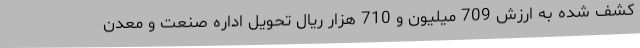
کشف شده به ارزش 709 میلیون و 710 هزار ریال تحویل اداره صنعت و معدن